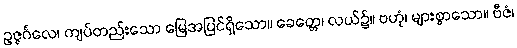
ဥဇ္ဇင်္ဂလေ၊ ကျပ်တည်းသော မြေအပြင်ရှိသော။ ခေတ္တေ၊ လယ်၌။ ဗဟုံ၊ များစွာသော။ ဗီဇံ၊